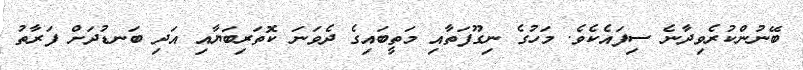
ބޭނުންކުރެވިދާނެ ސިފައެކެވެ. މަހުގެ ނިގޫފަތާއި މަތީބައިގެ ދެވަނަ ކޮތަރިބަޔާއި އަދި ބަނޑުދަށް ފަރާތު